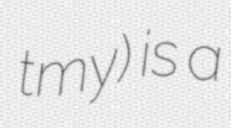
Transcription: tmy) is a